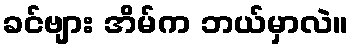
ခင်ဗျား အိမ်က ဘယ်မှာလဲ။